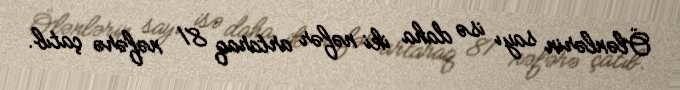
Ölənlərin sayı isə daha iki nəfər artaraq 81 nəfərə çatıb.